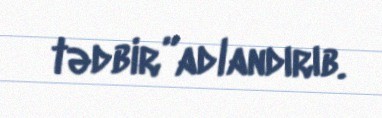
tədbir”adlandırıb.